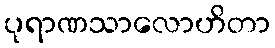
ပုရာဏသာလောဟိတာ